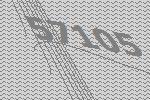
57105